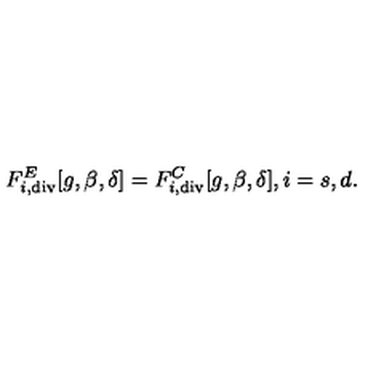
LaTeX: F _ { i , \tiny \mathrm { d i v } } ^ { E } [ g , \beta , \delta ] = F _ { i , \tiny \mathrm { d i v } } ^ { C } [ g , \beta , \delta ] , i = s , d .